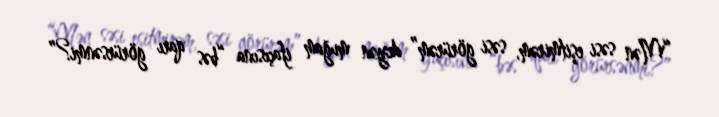
“Mən səsi eşitmirəm, səsi görürəm” deyən muğam ifaçısına “bəs qarı görürsənmi?”